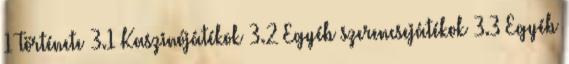
1 Története 3.1 Kaszinójátékok 3.2 Egyéb szerencsejátékok 3.3 Egyéb